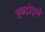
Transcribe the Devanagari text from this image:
एन्टोइने